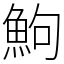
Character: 鮈